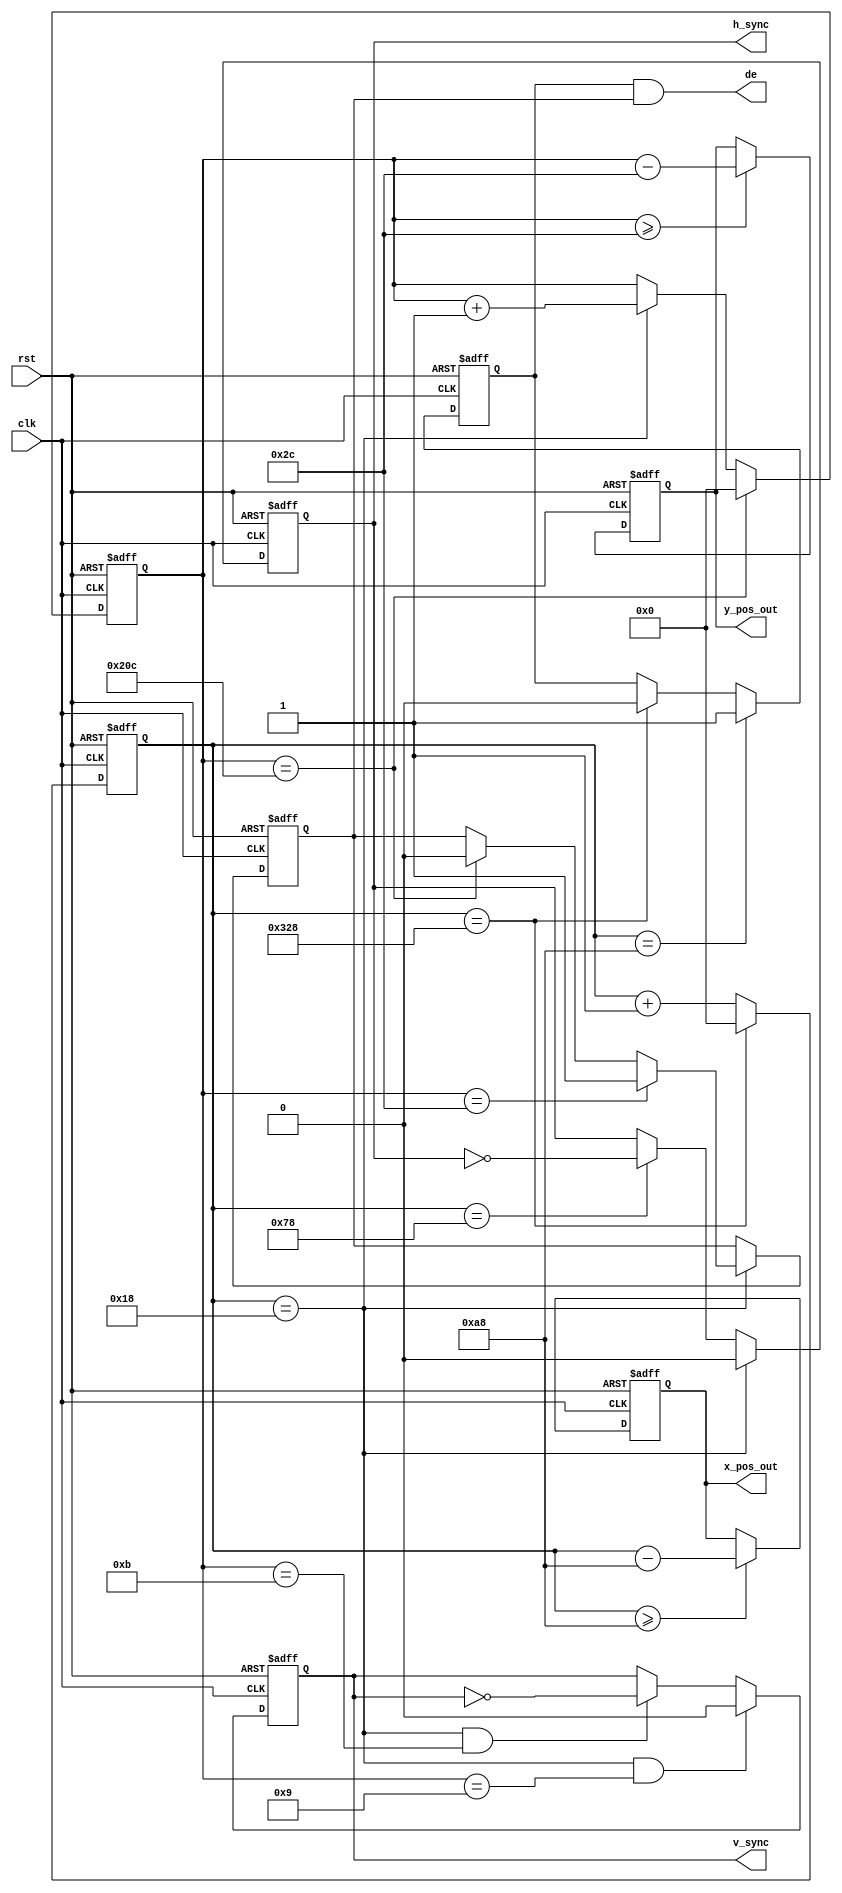
module vga_timing_module(
	input                 clk,           //pixel clock
	input                 rst,           //reset signal high active
	output                h_sync,        //horizontal synchronization
	output                v_sync,        //vertical synchronization
	output                de,            //video valid
    output [11:0]         x_pos_out,     //x position
    output [11:0]         y_pos_out      //Y position
);

//define vga mode related resolution parameters

// 640x480  25.175Mhz
// parameter H_ACTIVE = 16'd640;  //horizontal active video
// parameter H_FP = 16'd16;       //horizontal front porch
// parameter H_SYNCP = 16'd96;    //horizontal sync pulse
// parameter H_BP = 16'd48;       //horizontal back porch
// parameter V_ACTIVE = 16'd480;  //vertical active video
// parameter V_FP  = 16'd10;      //vertical front porch
// parameter V_SYNCP  = 16'd2;    //vertical sync pulse
// parameter V_BP  = 16'd33;      //vertical back porch
// parameter HS_POL = 1'b0; 	   //horizontal polarity
// parameter VS_POL = 1'b0;	   //vertical polarity


// 640x480  25.0000Mhz Modified

parameter H_ACTIVE = 16'd640;  //horizontal active video
parameter H_FP = 16'd25;       //horizontal front porch
parameter H_SYNCP = 16'd96;    //horizontal sync pulse
parameter H_BP = 16'd48;       //horizontal back porch
parameter V_ACTIVE = 16'd480;  //vertical active video
parameter V_FP  = 16'd10;      //vertical front porch
parameter V_SYNCP  = 16'd2;    //vertical sync pulse
parameter V_BP  = 16'd33;      //vertical back porch
parameter HS_POL = 1'b0; 	   //horizontal polarity
parameter VS_POL = 1'b0;	   //vertical polarity

// 800x600  40Mhz Modified

// parameter H_ACTIVE = 16'd800;  //horizontal active video
// parameter H_FP = 16'd40;       //horizontal front porch
// parameter H_SYNCP = 16'd128;    //horizontal sync pulse
// parameter H_BP = 16'd88;       //horizontal back porch
// parameter V_ACTIVE = 16'd600;  //vertical active video
// parameter V_FP  = 16'd1;      //vertical front porch
// parameter V_SYNCP  = 16'd4;    //vertical sync pulse
// parameter V_BP  = 16'd23;      //vertical back porch
// parameter HS_POL = 1'b0; 	   //horizontal polarity
// parameter VS_POL = 1'b0;	   //vertical polarity

// 800x600  40Mhz Modified

// parameter H_ACTIVE = 16'd200;  //horizontal active video
// parameter H_FP = 16'd10;       //horizontal front porch
// parameter H_SYNCP = 16'd32;    //horizontal sync pulse
// parameter H_BP = 16'd22;       //horizontal back porch
// parameter V_ACTIVE = 16'600;  //vertical active video
// parameter V_FP  = 16'd1;      //vertical front porch
// parameter V_SYNCP  = 16'd4;    //vertical sync pulse
// parameter V_BP  = 16'd23;      //vertical back porch
// parameter HS_POL = 1'b0; 	   //horizontal polarity
// parameter VS_POL = 1'b0;	   //vertical polarity


// // 1024*768 65mhz
// parameter H_ACTIVE = 16'd1024;
// parameter H_FP = 16'd24;      
// parameter H_SYNCP = 16'd136;   
// parameter H_BP = 16'd160;     
// parameter V_ACTIVE = 16'd768; 
// parameter V_FP  = 16'd3;      
// parameter V_SYNCP  = 16'd6;    
// parameter V_BP  = 16'd29;     
// parameter HS_POL = 1'b0;
// parameter VS_POL = 1'b0;

//800*600 50mhz 72hz refresh rate ->fail
// parameter H_ACTIVE = 16'd800;
// parameter H_FP = 16'd56;      
// parameter H_SYNCP = 16'd120;   
// parameter H_BP = 16'd64;     
// parameter V_ACTIVE = 16'd600; 
// parameter V_FP  = 16'd37;      
// parameter V_SYNCP  = 16'd6;    
// parameter V_BP  = 16'd23;     
// parameter HS_POL = 1'b1;
// parameter VS_POL = 1'b1;

parameter H_TOTAL = H_ACTIVE + H_FP + H_SYNCP + H_BP; //horizontal  (pixels) whole line 
parameter V_TOTAL = V_ACTIVE + V_FP + V_SYNCP + V_BP; //vertical (lines) whole frame


reg hs_reg;                      //horizontal sync register
reg vs_reg;                      //vertical sync register
reg[11:0] h_counter;             //horizontal counter
reg[11:0] v_counter;             //vertical counter
reg[11:0] x_pos;              	 //video x position 
reg[11:0] y_pos;              	 //video y position 
reg h_active;                    //horizontal video active
reg v_active;                    //vertical video active
wire video_active;               //video active(horizontal active and vertical active)
assign h_sync = hs_reg;
assign v_sync = vs_reg;
assign video_active = h_active & v_active;
assign de = video_active;
assign x_pos_out = x_pos;
assign y_pos_out = y_pos;

//Hsync clk generator
always@(posedge clk or posedge rst)
begin
	if(rst == 1'b1)
		h_counter <= 0;
	else if(h_counter == H_TOTAL - 1)
		h_counter <= 0;
	else
		h_counter <= h_counter + 1; //h counter ++ after one pixel done
end

//Vsync clk generator
always@(posedge clk or posedge rst)
begin
	if(rst == 1'b1)
		v_counter <= 0;
	else if(v_counter == V_TOTAL - 1)
		v_counter <= 0;
	else if(h_counter == H_FP - 1) //v counter ++ only after one row done
		v_counter <= v_counter + 1;
	else
		v_counter <= v_counter;
end

//assume h counter start: fp, syncp, bp, active

//horizontal sync zone
always@(posedge clk or posedge rst)
begin
	if(rst == 1'b1)
		hs_reg <= 1'b0;
	else if(h_counter == H_FP - 1)//horizontal sync start
		hs_reg <= HS_POL;
	else if(h_counter == H_FP + H_SYNCP - 1)//horizontal sync end
		hs_reg <= ~hs_reg;
	else
		hs_reg <= hs_reg;
end

//horizontal active zone
always@(posedge clk or posedge rst)
begin
	if(rst == 1'b1)
		h_active <= 1'b0;
	else if(h_counter == H_FP + H_SYNCP + H_BP - 1)//horizontal active start
		h_active <= 1'b1;
	else if(h_counter == H_TOTAL - 1)//horizontal active end
		h_active <= 1'b0;
	else
		h_active <= h_active;
end

//obtain x coordinate
always@(posedge clk or posedge rst)
begin
	if(rst == 1'b1)
		x_pos <= 0;
	else if(h_counter >= H_FP + H_SYNCP + H_BP - 1)//horizontal video active
		x_pos <= h_counter - (H_FP[11:0] + H_SYNCP[11:0] + H_BP[11:0] - 1); //current total counts - blanking counts
	else
		x_pos <= x_pos;
end

//obtain y coordinate
always@(posedge clk or posedge rst)
begin
	if(rst == 1'b1)
		y_pos <= 0;
	else if(v_counter >= V_FP + V_SYNCP + V_BP - 1)//horizontal video active
		y_pos <= v_counter - (V_FP[11:0] + V_SYNCP[11:0] + V_BP[11:0] - 1); //current total counts - blanking counts
	else
		y_pos <= y_pos;
end

//vertical sync zone
always@(posedge clk or posedge rst)
begin
	if(rst == 1'b1)
		vs_reg <= 1'd0;
	else if((h_counter == H_FP - 1)&&(v_counter == V_FP - 1))
		vs_reg <= VS_POL;
	else if((h_counter == H_FP - 1)&&(v_counter == V_FP + V_SYNCP - 1))
		vs_reg <= ~vs_reg;
	else
		vs_reg <= vs_reg;
end

//vertical active zone
always@(posedge clk or posedge rst)
begin
	if(rst == 1'b1)
		v_active <= 1'd0;
	else if(h_counter == H_FP - 1)begin
		if(v_counter == V_FP + V_SYNCP + V_BP - 1)
			v_active <= 1'b1;
		else if(v_counter == V_TOTAL - 1)
			v_active <= 1'b0;
	end 
	else
		v_active <= v_active;
end

endmodule